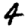
Digit: 4